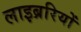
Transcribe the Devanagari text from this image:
लाइब्ररियों